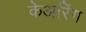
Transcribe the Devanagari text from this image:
केअरिंग